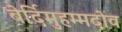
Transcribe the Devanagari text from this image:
बेर्दिमुहम्मदोव